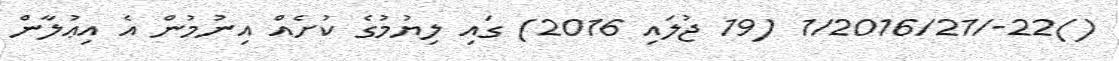
()22-/1/2016/21 (19 ޖުލައި 2016) ގައި ލިޔުމުގެ ކުށެއް އިނުމުން އެ އިޢުލާން